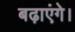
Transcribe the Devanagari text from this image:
बढ़ाएंगे।